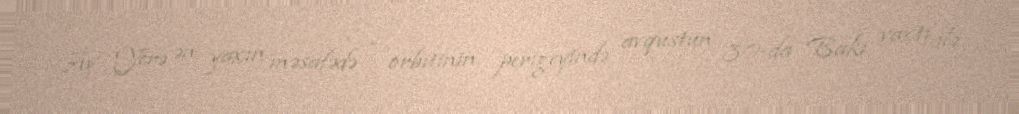
Ay Yerə ən yaxın məsafədə - orbitinin perigeyində avqustun 30-da Bakı vaxtı ilə